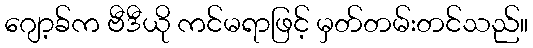
ဂျော့ခ်က ဗီဒီယို ကင်မရာဖြင့် မှတ်တမ်းတင်သည်။